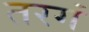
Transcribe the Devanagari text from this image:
तरगं